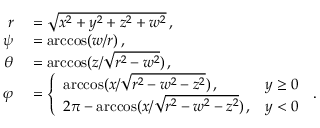
\begin{array} { r l } { r } & { { } = \sqrt { x ^ { 2 } + y ^ { 2 } + z ^ { 2 } + w ^ { 2 } } \, , } \\ { \psi } & { { } = \operatorname { a r c c o s } ( w / r ) \, , } \\ { \theta } & { { } = \operatorname { a r c c o s } ( z / \sqrt { r ^ { 2 } - w ^ { 2 } } ) \, , } \\ { \varphi } & { { } = \left\{ \begin{array} { l l } { \operatorname { a r c c o s } ( x / \sqrt { r ^ { 2 } - w ^ { 2 } - z ^ { 2 } } ) \, , } & { y \geq 0 } \\ { 2 \pi - \operatorname { a r c c o s } ( x / \sqrt { r ^ { 2 } - w ^ { 2 } - z ^ { 2 } } ) \, , } & { y < 0 } \end{array} \right. \, . } \end{array}